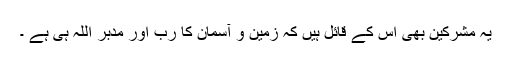
یہ مشرکین بھی اس کے قائل ہیں کہ زمین و آسمان کا رب اور مدبر اللہ ہی ہے ۔